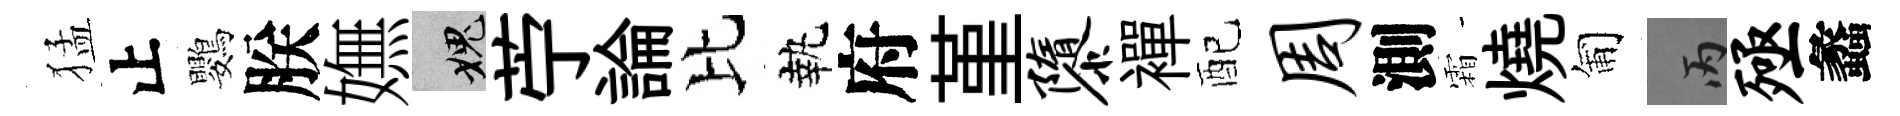
猛止鸚朕嫵愧苧論比執府堇隳襌配周測霜燒匍丙殛蠡